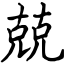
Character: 兢